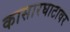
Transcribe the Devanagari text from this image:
कासारघाटावर